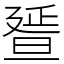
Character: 𣇇